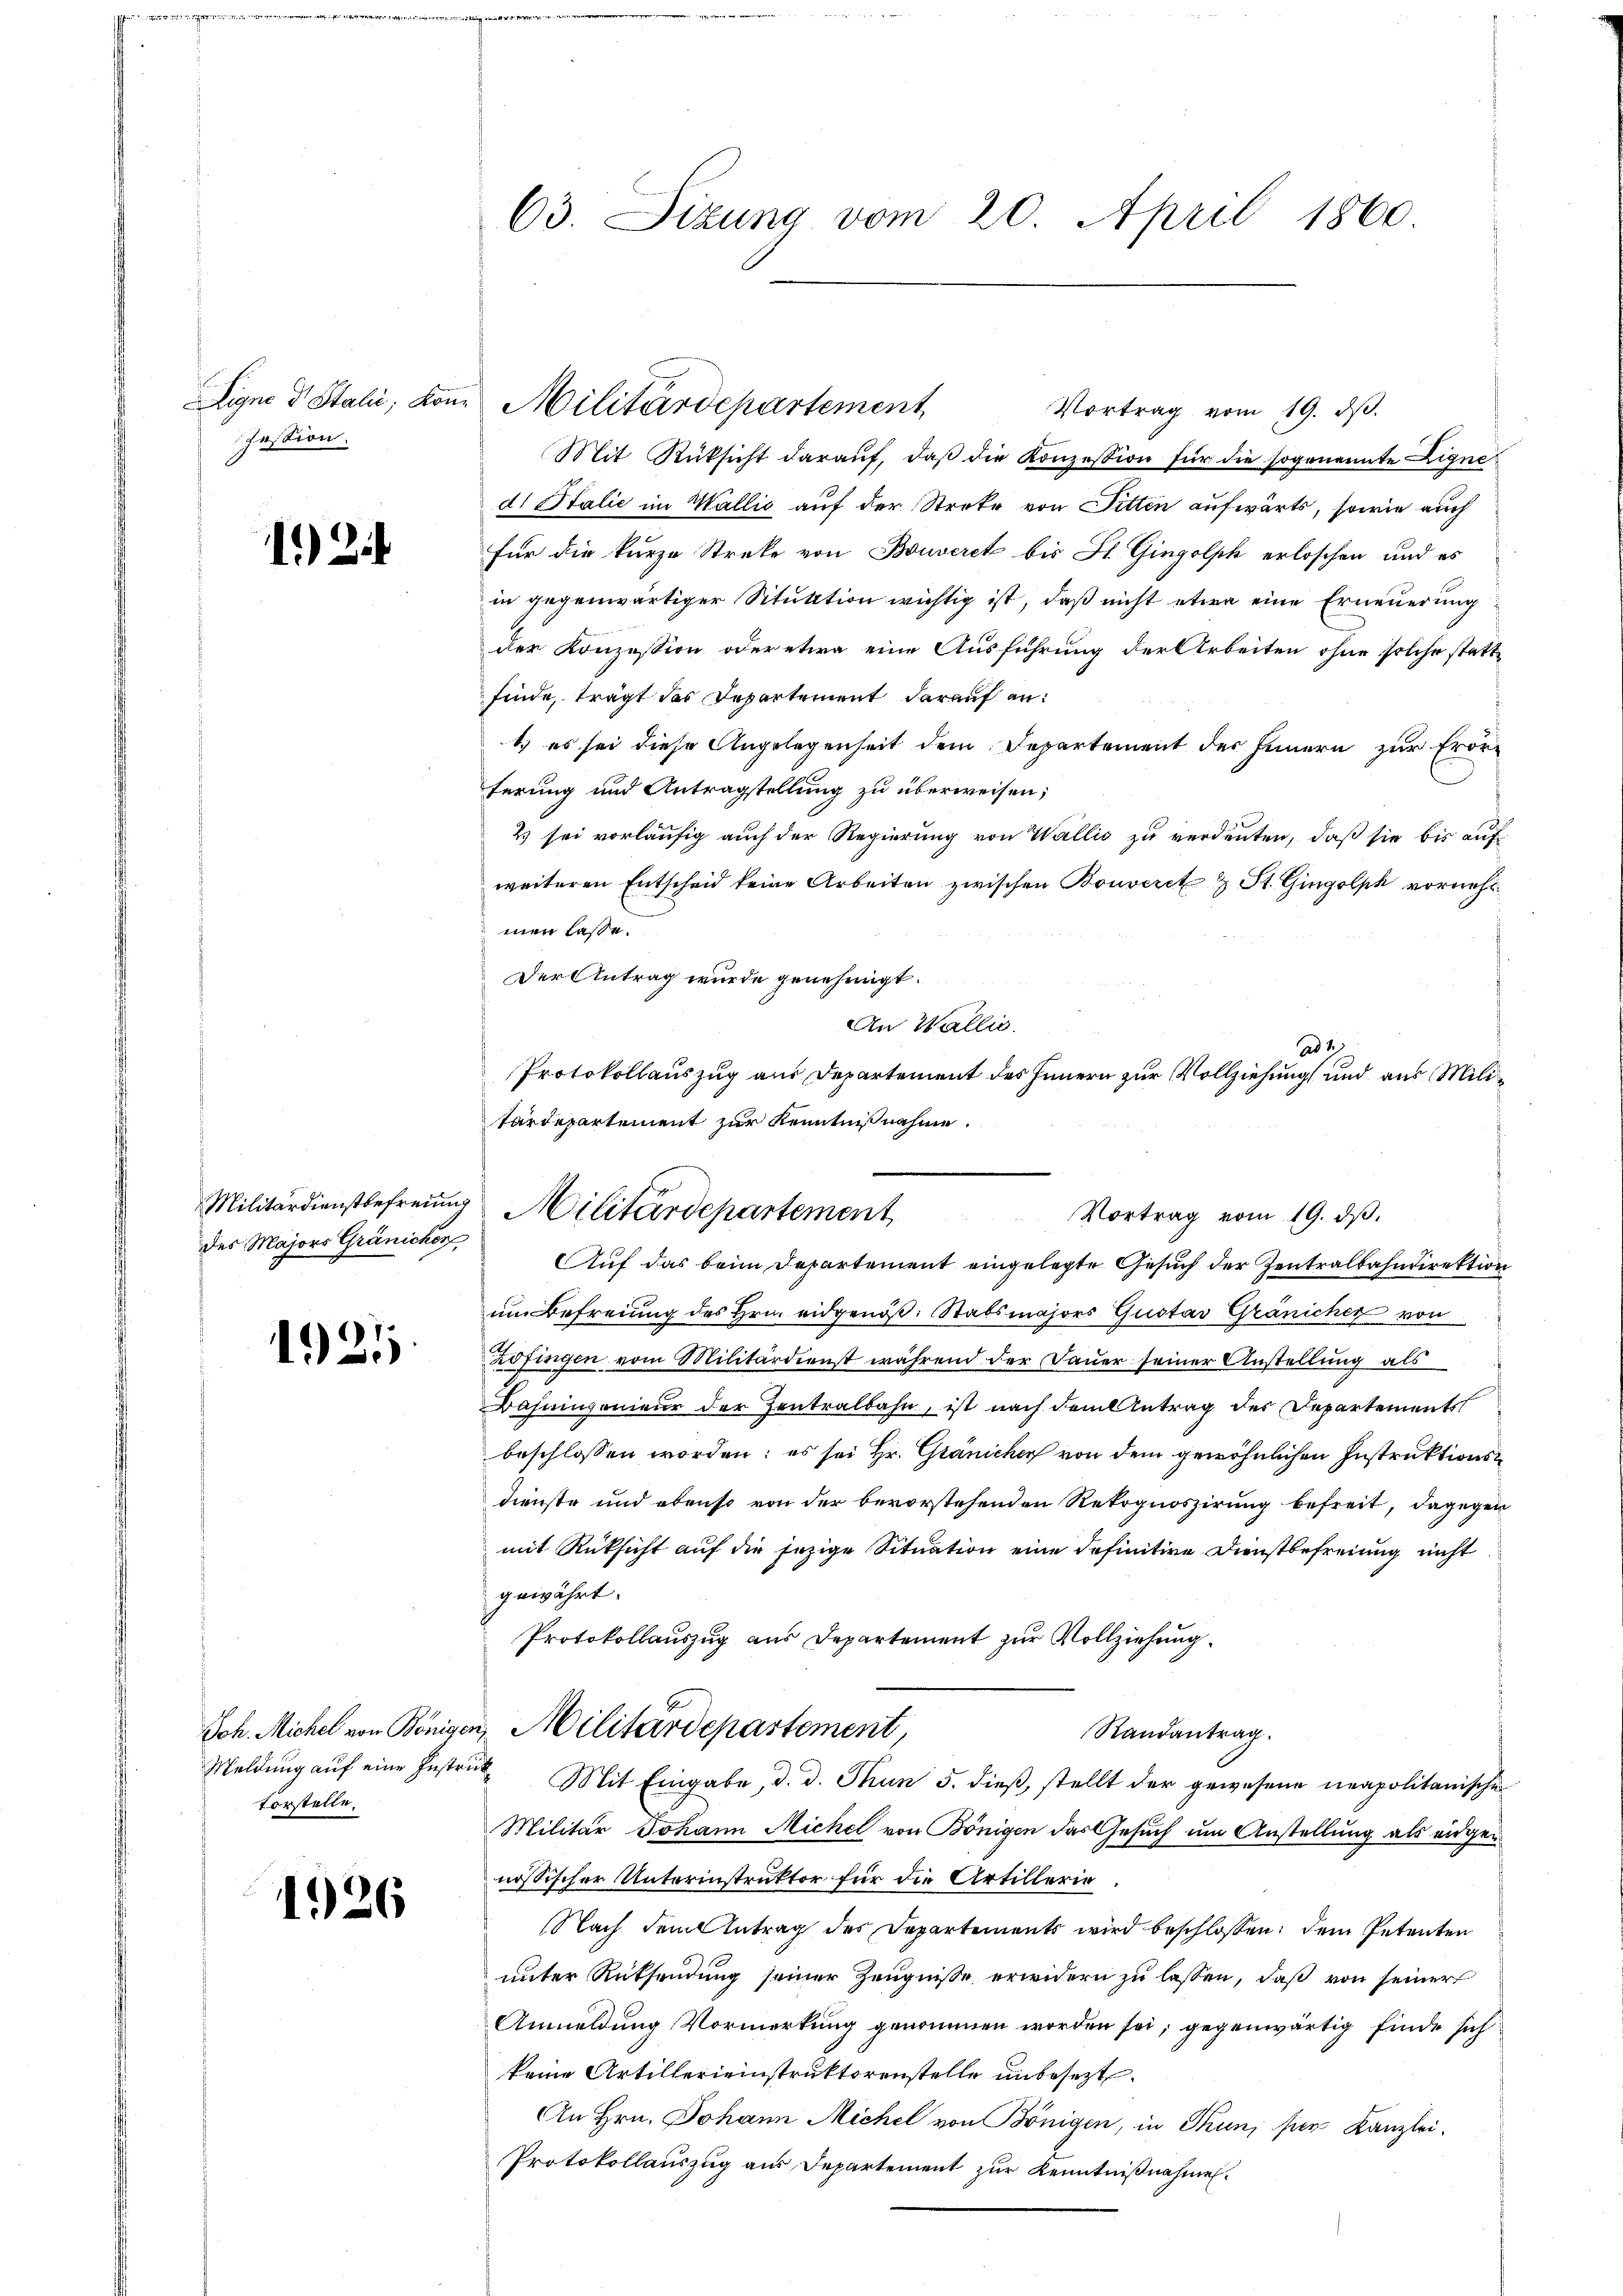
Ligno d Stali, Kon
Pession.

192

des Majors Gränichen

1921

vorstelle.

1926

63. Sizung vom 20. April 1860.

Vortrag vom 19. dβ.
Mit Rüksicht daraŭf, daβ die Konzession für die sogenannte Eigne
di Stalić im Wallić auf der Streke von Ditten aufwärts, sowie auch
für die kurze Streke von Bouverck bis St. Gingolph erloschen und es
in gegenwärtiger Situktion wichtig ist, daß nicht etwa eine Erneuerung
der Konzession oder etwa eine Ausführung der Arbeiten ohne solche statt
finde, trägt das Departement darauf an:
1) es sei diese Angelegenheit dem Departement des Innern zur Erörferung und Antragstellung zu überweisen;
2 sei vorläufig auch der Regierung von Wallis zu verdeuten, daß sie bis auf
weiteren Entscheid keine Arbeiten zwischen Bonveret & St. Gingolph vornehmen lasse.
Der Antrag wurde genehmigt.
Auf das beim Departement eingelegte Gesuch der Zentralbahndirektion
um Befreiung des Hrn. eidgenöß. Stabsmajors Gustav Gränicher von
Zofingen vom Militärdienst während der Dauer seiner Anstellung als
Bahningenieur der Zentralbahn, ist nach dem Antrag der Departements
beschlossen worden; es sei Hr. Gränicher von dem gewöhnlichen Instruktionsdienste und ebenso von der bevorstehenden Rekognoszirung befreit, dagegen
mit Rüksicht auf die jezige Situation eine definitive Dienstbefreiung nicht
gewährt.
Protokollauszug aus Departement zur Vollziehung
Joh. Michel von Bönigen Militärdepartement,
Randantrag.
Meldung auf eine Instru Mit Eingabe, d. d. Thun 5. dieß, stellt der gewesene neapolitanische
Militär Johann Michel von Bönigen das Gesuch um Anstellung als eidger
nössischer Unterinstruktor für die Artillerie¬
Nach dem Antrag des Departements wird beschlossen: dem Petenten
unter Rüksendung seiner Zeugnisse erwidern zu lassen, daß von seiner
Anmeldung Vormerkung genommen worden sei, gegenwärtig finde sich
keine Artillerieinstruktorenstelle unbesezt.
An Hrn. Johann Michel von Bönigen, in Thun, sien Kanzlei-
Protokollauszug aus Departement zur Kenntnißnahmen.

u Militärdepartement

An Wallis.
ad 2.
Protokollauszug aus Departement des Innern zur Vollziehung und aus Militärdepartement zur Kenntnißnahme.
Militärdienstbefreung Militärdepartement
Vortrag vom 19. dβ.